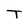
Character: T